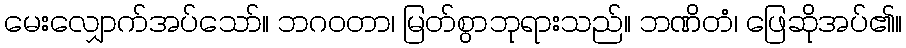
မေးလျှောက်အပ်သော်။ ဘဂဝတာ၊ မြတ်စွာဘုရားသည်။ ဘဏိတံ၊ ဖြေဆိုအပ်၏။